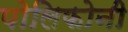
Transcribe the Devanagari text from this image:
पोलिफोनी